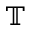
\mathbb { T }